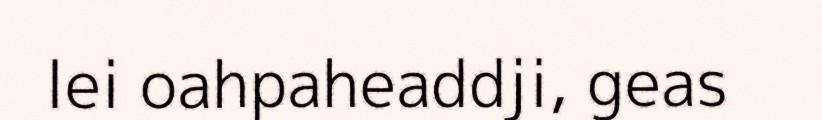
lei oahpaheaddji, geas